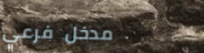
مدخل فرعي